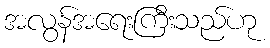
အလွန်အရေးကြီးသည်ဟု